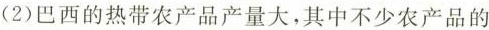
(2)巴西的热带农产品产量大，其中不少农产品的